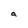
Character: a